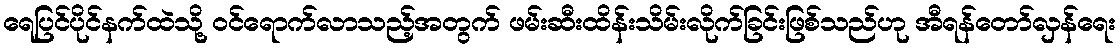
ရေပြင်ပိုင်နက်ထဲသို့ ဝင်ရောက်လာသည့်အတွက် ဖမ်းဆီးထိန်းသိမ်းလိုက်ခြင်းဖြစ်သည်ဟု အီရန်တော်လှန်ရေး